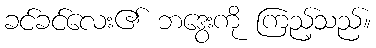
ခင်ခင်လေး၏ ဘဒွေးကို ကြည့်သည်။